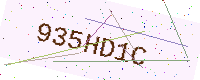
Text: 935HD1C